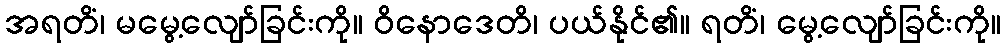
အရတိံ၊ မမွေ့လျော်ခြင်းကို။ ဝိနောဒေတိ၊ ပယ်နိုင်၏။ ရတိံ၊ မွေ့လျော်ခြင်းကို။